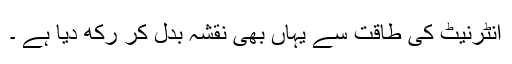
انٹرنیٹ کی طاقت سے یہاں بھی نقشہ بدل کر رکھ دیا ہے ۔